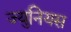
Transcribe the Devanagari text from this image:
ज्युनियस